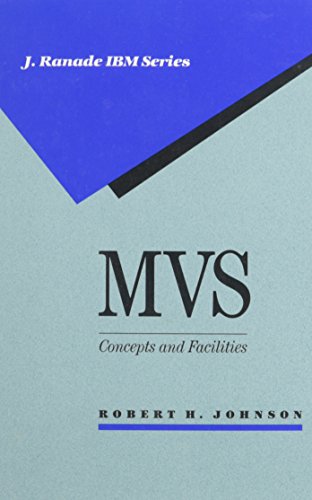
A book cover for MVS: Concepts and Facilities (J. Ranade Ibm Series); Robert H. Johnson; Computers & Technology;